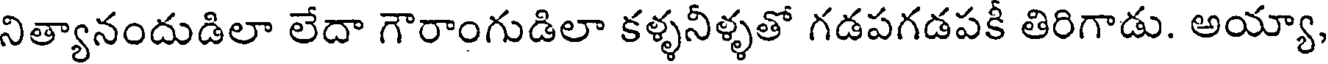
నిత్యానందుడిలా లేదా గౌరాంగుడిలా కళ్ళనీళ్ళతో గడపగడపకీ తిరిగాడు. అయ్యా